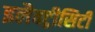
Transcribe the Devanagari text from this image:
इलैक्‍ट्रीसिटी